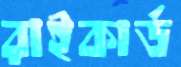
রাইকার্ড